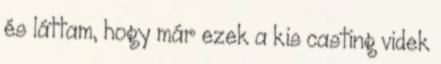
és láttam, hogy már ezek a kis casting videk